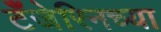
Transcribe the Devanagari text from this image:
टँजेरिनच्या